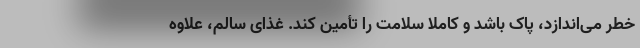
خطر می‌اندازد، پاک باشد و کاملا سلامت را تأمین کند. غذای سالم، علاوه